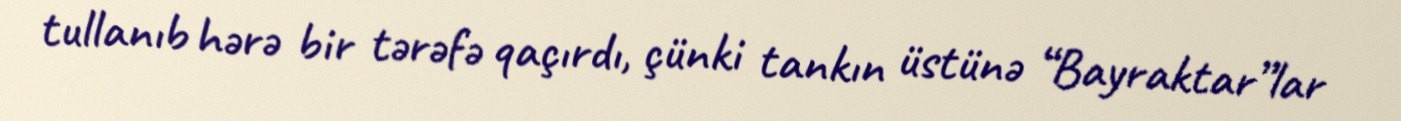
tullanıb hərə bir tərəfə qaçırdı, çünki tankın üstünə “Bayraktar”lar